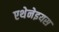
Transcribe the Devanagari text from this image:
एथेनेइयस